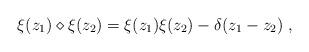
LaTeX: \begin{align*} \xi(z_1)\diamond\xi(z_2) = \xi(z_1)\xi(z_2) - \delta(z_1-z_2)\;, \end{align*}